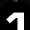
Digit: 1